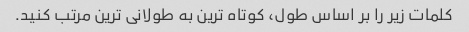
کلمات زیر را بر اساس طول، کوتاه ترین به طولانی ترین مرتب کنید.